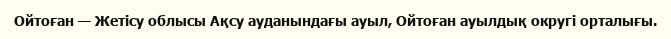
Ойтоған — Жетісу облысы Ақсу ауданындағы ауыл, Ойтоған ауылдық округі орталығы.